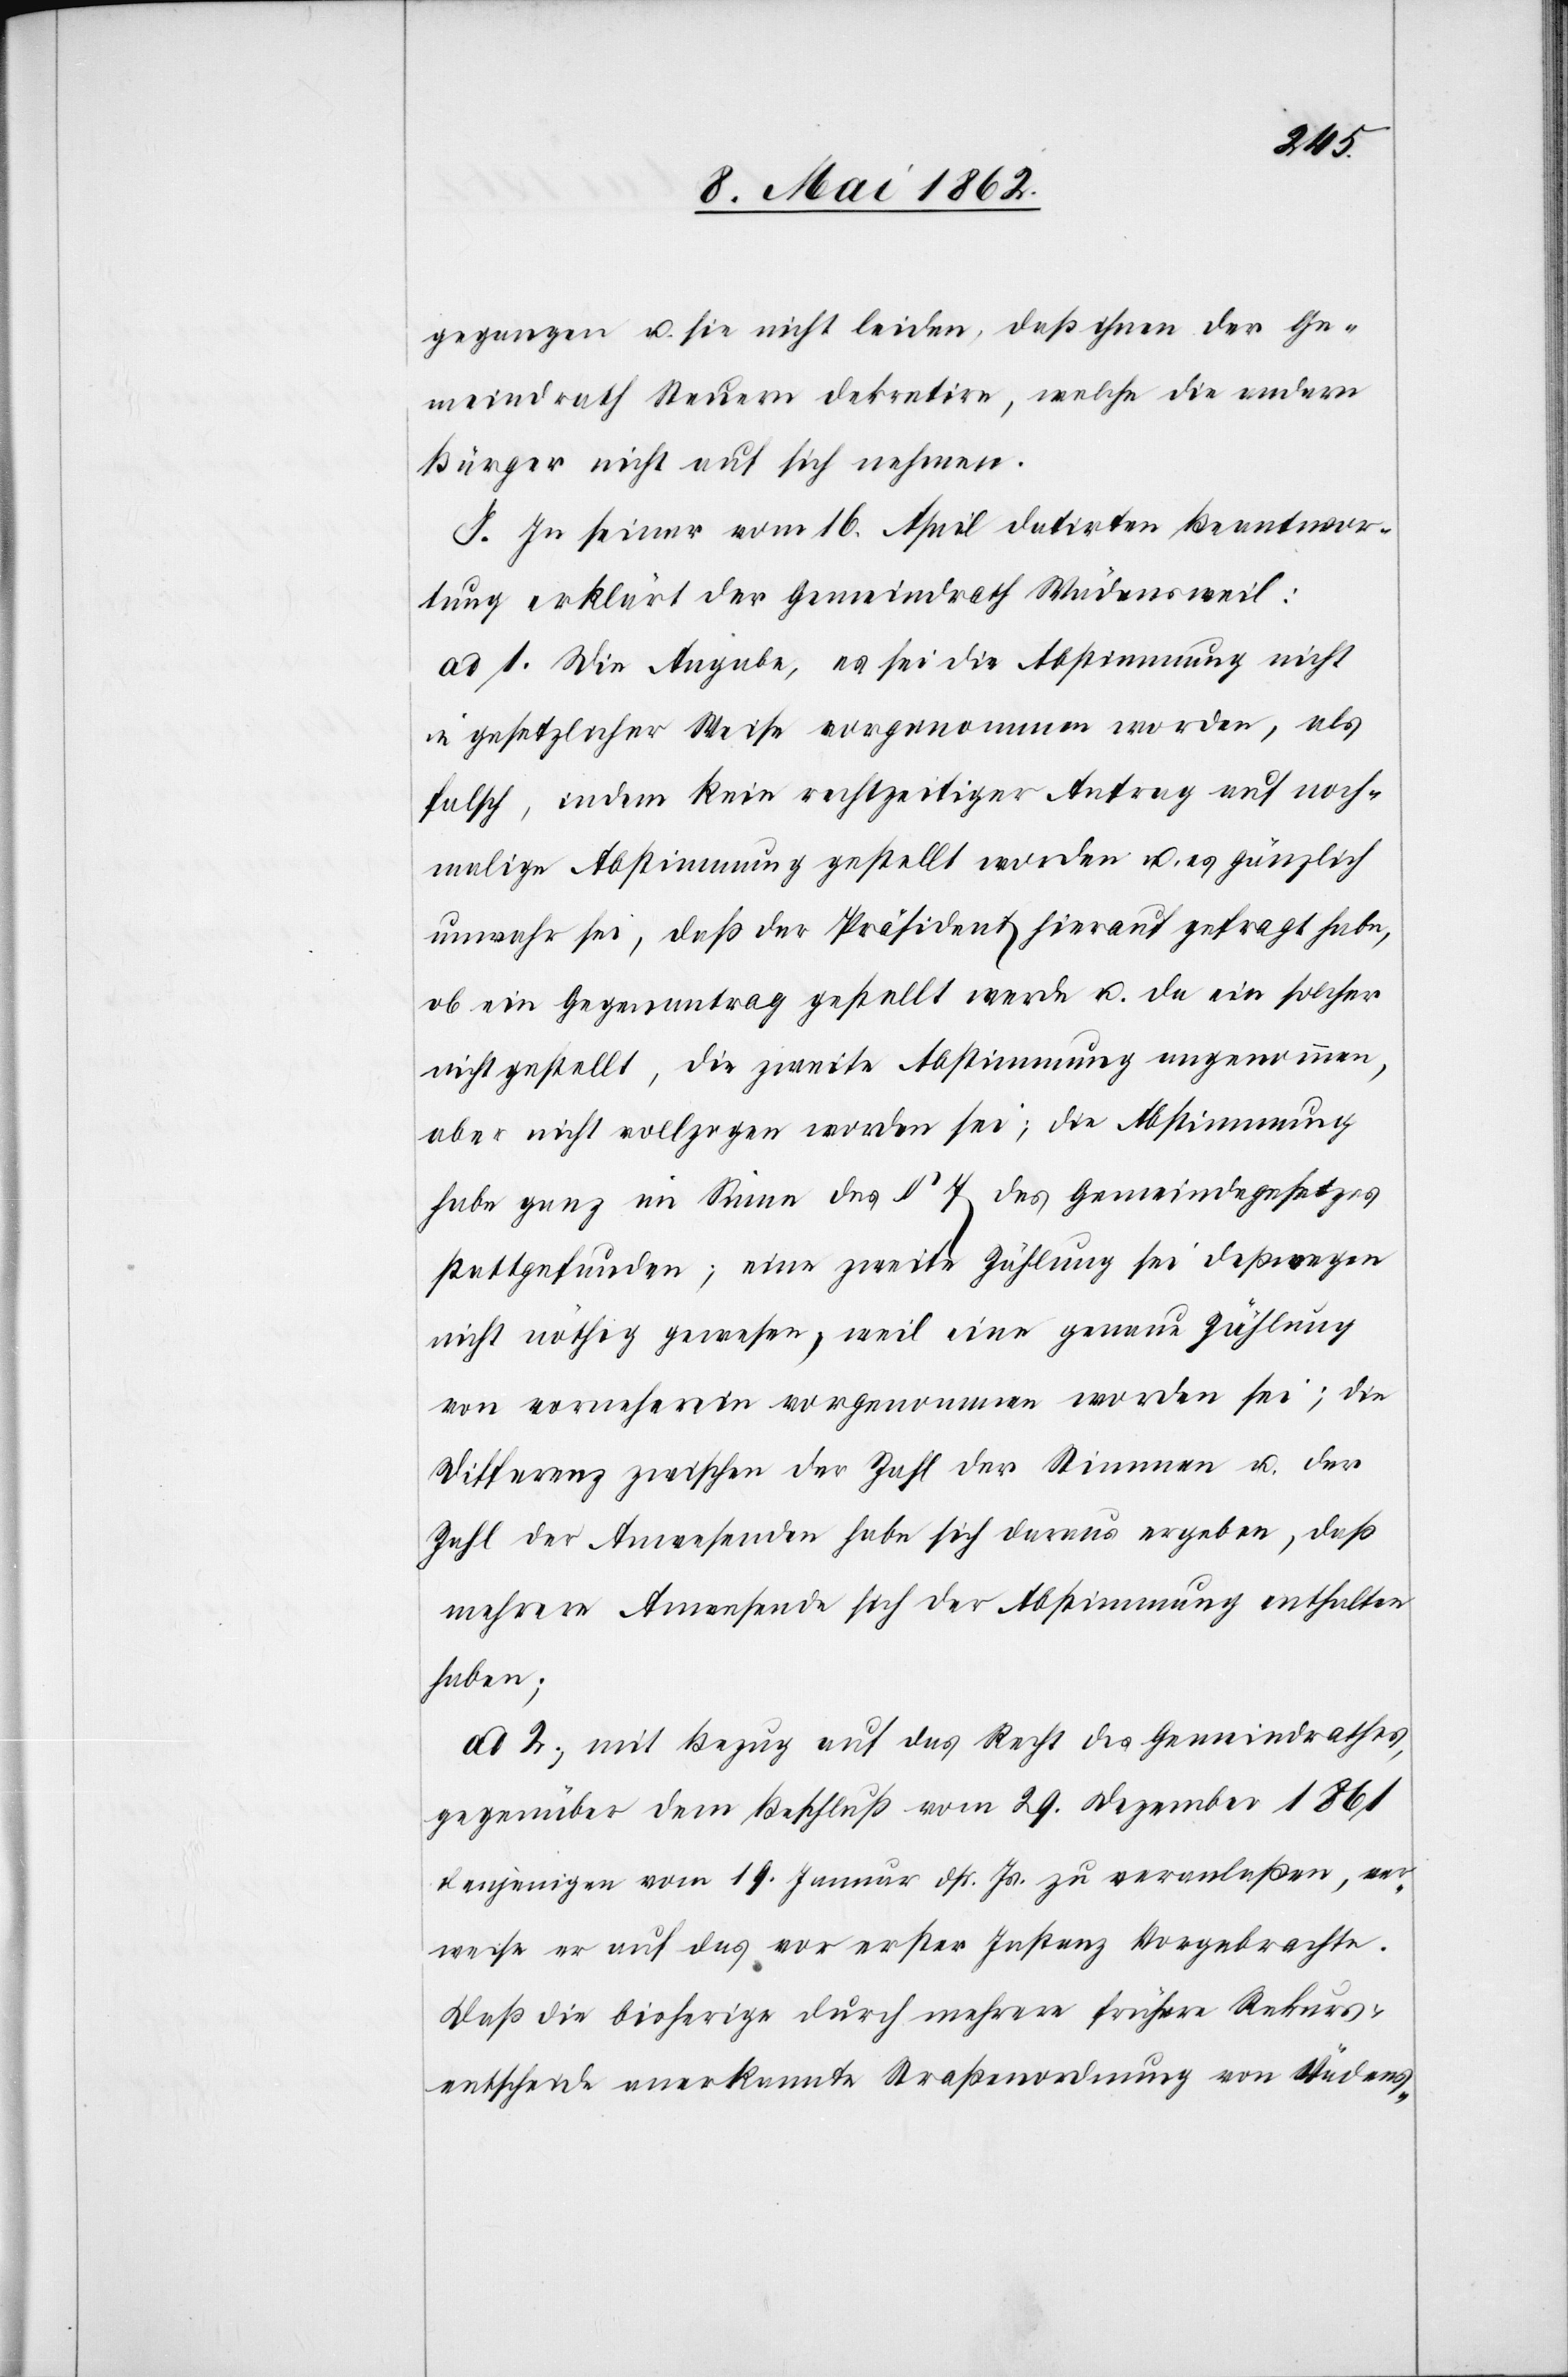
gegangen u. sie nicht leiden, daß ihnen der Ge¬
meindrath Steuern dekretive, welche die andern
Bürger nicht auf sich nehmen.
J. In seiner vom 16. April datirten Beantwor¬
tung erklärt der Gemeindrath Wädensweil:
ad 1. Die Angabe, es sei die Abstimmung nicht
in gesetzlicher Weise vorgenommen worden, als
falsch, indem kein rechtzeitiger Antrag auf noch¬
malige Abstimmung gestellt worden u. es gänzlich
unwahr sei, daß der Präsident hierauf gefragt habe,
ob ein Gegenantrag gestellt werde u. da ein solcher
nicht gestellt, die zweite Abstimmung angenommen,
aber nicht vollzogen worden sei; die Abstimmung
habe ganz im Sinne des § 7 des Gemeindegesetzes
stattgefunden; eine zweite Zahlung sei deßwegen
nicht nöthig gewesen, weil eine genaue Zählung
von vorneherein vorgenommen worden sei; die
Differenz zwischen der Zahl der Stimmen u. der
Zahl der Anwesenden habe sich daraus ergeben, daß
mehrere Anwesende sich der Abstimmung enthalten
haben;
ad 2. mit Bezug auf das Recht des Gemeindrathes,
gegenüber dem Beschluß vom 29. Dezember 1861
denjenigen vom 19. Januar dß. Js. zu veranlaßen, ver¬
weise er auf das vor erster Instanz Vorgebrachte.
Daß die bisherige durch mehrere frühere Rekurs¬
entscheide anerkannte Straßenordnung von Wädens-